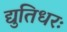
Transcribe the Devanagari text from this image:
द्युतिधरः